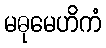
မဓုမေဟိကံ